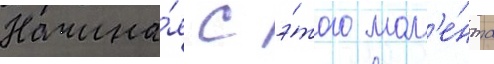
Начина́я с э́того мом'е́нта